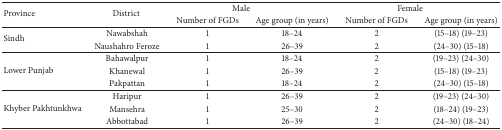
<table><thead><tr><td rowspan="2"><b>Province </b></td><td rowspan="2"><b>District </b></td><td colspan="2"><b>Male</b></td><td colspan="2"><b>Female</b></td></tr><tr><td><b>Number of FGDs</b></td><td><b>Age group (in years)</b></td><td><b>Number of FGDs</b></td><td><b>Age group (in years)</b></td></tr></thead><tbody><tr><td rowspan="2">Sindh </td><td>Nawabshah</td><td>1</td><td>18–24</td><td>2</td><td>(15–18) (19–23)</td></tr><tr><td>Naushahro Feroze</td><td>1</td><td>26–39</td><td>2</td><td>(24–30) (15–18)</td></tr><tr><td rowspan="3">Lower Punjab </td><td>Bahawalpur</td><td>1</td><td>18–24</td><td>2</td><td>(19–23) (24–30)</td></tr><tr><td>Khanewal </td><td>1</td><td>26–39</td><td>2</td><td>(15–18) (19–23)</td></tr><tr><td>Pakpattan</td><td>1</td><td>18–24</td><td>2</td><td>(24–30) (15–18)</td></tr><tr><td rowspan="3">Khyber Pakhtunkhwa </td><td>Haripur</td><td>1</td><td>26–39</td><td>2</td><td>(19–23) (24–30)</td></tr><tr><td>Mansehra</td><td>1</td><td>25–30</td><td>2</td><td>(18–24) (19–23)</td></tr><tr><td>Abbottabad</td><td>1</td><td>26–39</td><td>2</td><td>(24–30) (18–24)</td></tr></tbody></table>